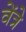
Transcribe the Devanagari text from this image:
वेंत्रे